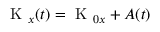
\textrm { K } _ { x } ( t ) = \textrm { K } _ { 0 x } + A ( t )